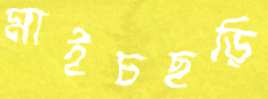
মাইচছড়ি